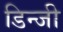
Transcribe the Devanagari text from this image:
डिन्जी